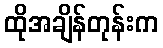
ထိုအချိန်တုန်းက